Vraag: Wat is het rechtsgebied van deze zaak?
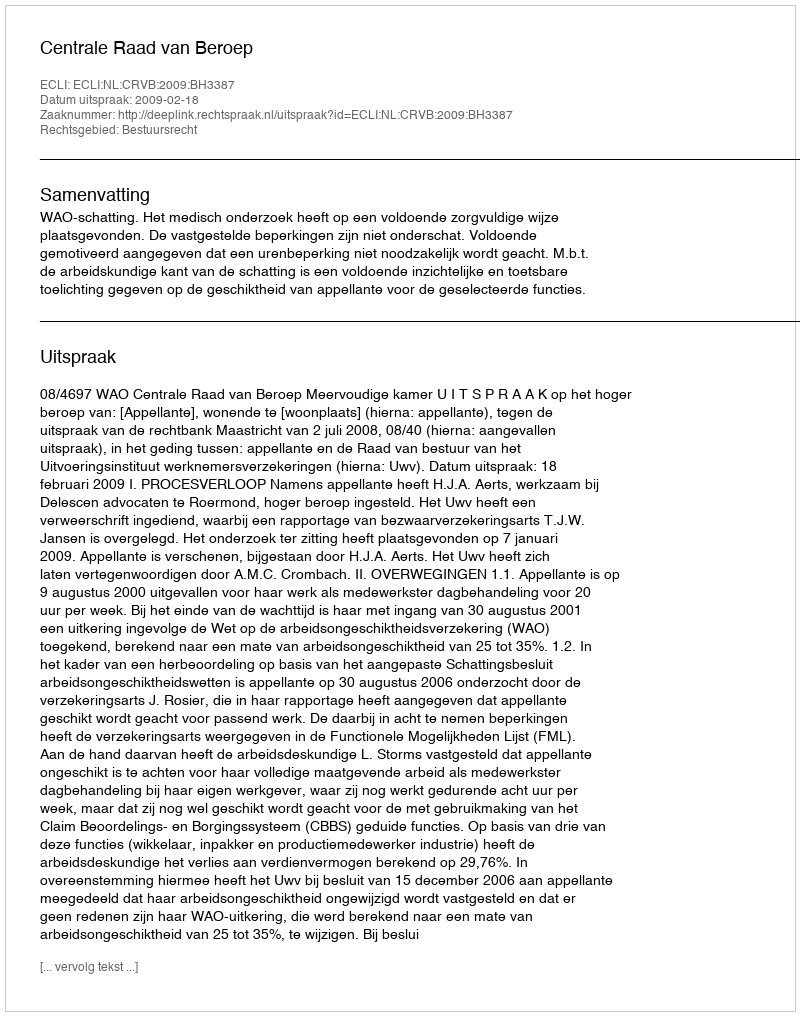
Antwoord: Bestuursrecht